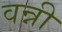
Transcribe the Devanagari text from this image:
वन्नी